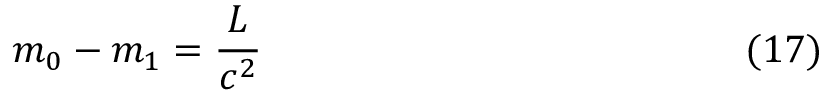
m _ { 0 } - m _ { 1 } = \frac { L } { c ^ { 2 } } \eqno ( 1 7 )